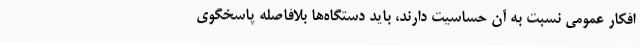
افکار عمومی نسبت به آن حساسیت دارند، باید دستگاه‌ها بلافاصله پاسخگوی